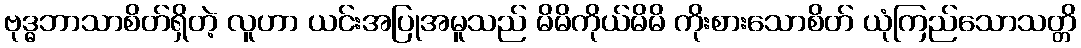
ဗုဒ္ဓဘာသာစိတ်ရှိတဲ့ လူဟာ ယင်းအပြုအမူသည် မိမိကိုယ်မိမိ ကိုးစားသောစိတ် ယုံကြည်သောသတ္တိ